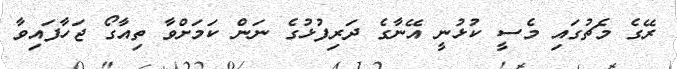
ރޭގެ މެޗުގައި މެސީ ކުޅުނީ އޭނާގެ ދަރިފުޅުގެ ނަން ކަމަށްވާ ތިއާގޯ ޖަހާފައިވާ